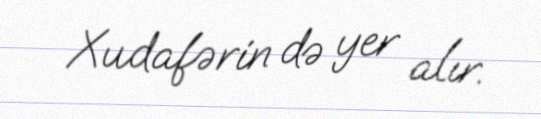
Xudafərin də yer alır.